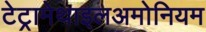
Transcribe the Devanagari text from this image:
टेट्रामेथाइलअमोनियम